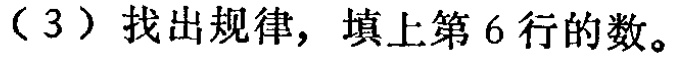
（3）找出规律，填上第6行的数。